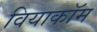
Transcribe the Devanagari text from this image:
वियाकॉम